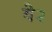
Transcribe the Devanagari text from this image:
ये२